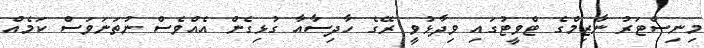
މިނިސްޓަރު ނާޒިމްގެ ޓްވީޓުގައި ވިދާޅުވީ ރޭގެ ހާދިސާއާ ގުޅިގެން އެއްވެސް ނުތަނަވަސް ކަމެއް